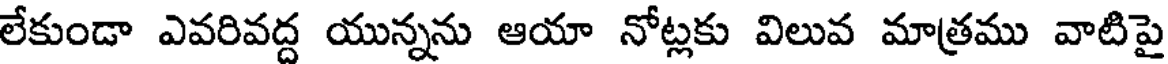
లేకుండా ఎవరివద్ద యున్నను ఆయా నోట్లకు విలువ మాత్రము వాటిపై